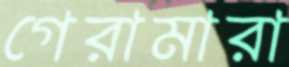
গেরামারা